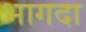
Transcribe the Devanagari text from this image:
भागदा